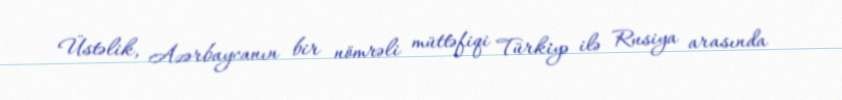
Üstəlik, Azərbaycanın bir nömrəli müttəfiqi Türkiyə ilə Rusiya arasında